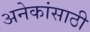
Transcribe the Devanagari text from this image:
अनेकांसाठी